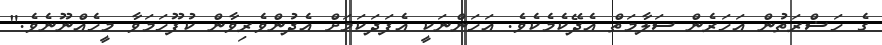
ގެ ހަޟްރަތުން އަހަރެން ސަލާމަތް އެދޭކެމެކެވެ. އަހަންނަކީ އެފަދަކަމަށް އެދުންވެރިވާން ކުފޫހަމަވާ މީހެއްނޫނެވެ."